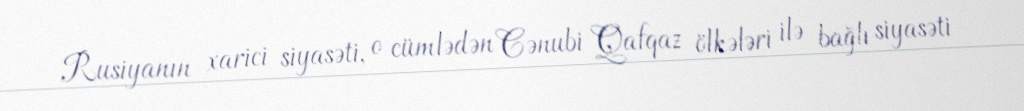
Rusiyanın xarici siyasəti, o cümlədən Cənubi Qafqaz ölkələri ilə bağlı siyasəti